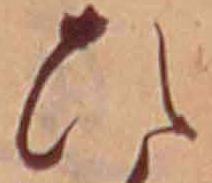
ひ